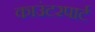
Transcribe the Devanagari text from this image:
काउंटरपार्ट